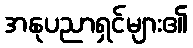
အနုပညာရှင်များ၏